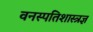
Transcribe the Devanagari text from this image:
वनस्पतिशास्त्रज्ञ